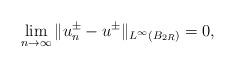
LaTeX: \begin{align*}\lim_{n\to\infty}\|u^\pm_n-u^\pm\|_{L^\infty(B_{2R})}= 0,\end{align*}